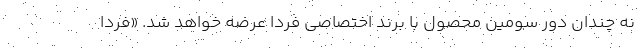
نه چندان دور سومین محصول با برند اختصاصی فردا عرضه خواهد شد. «فردا